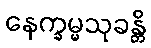
နေက္ခမ္မသုခန္တိ